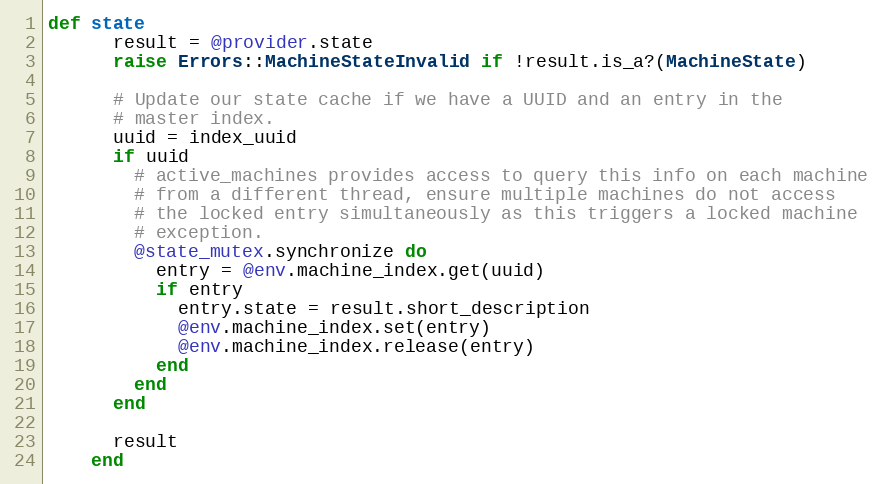
Language: Ruby
def state
      result = @provider.state
      raise Errors::MachineStateInvalid if !result.is_a?(MachineState)

      # Update our state cache if we have a UUID and an entry in the
      # master index.
      uuid = index_uuid
      if uuid
        # active_machines provides access to query this info on each machine
        # from a different thread, ensure multiple machines do not access
        # the locked entry simultaneously as this triggers a locked machine
        # exception.
        @state_mutex.synchronize do
          entry = @env.machine_index.get(uuid)
          if entry
            entry.state = result.short_description
            @env.machine_index.set(entry)
            @env.machine_index.release(entry)
          end
        end
      end

      result
    end